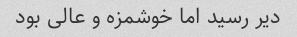
دیر رسید اما خوشمزه و عالی بود